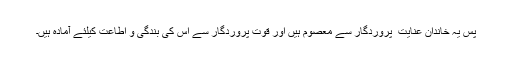
پس یہ خاندان عنایت ِ پروردگار سے معصوم ہیں اور قوتِ پروردگار سے اُس کی بندگی و اطاعت کیلئے آمادہ ہیں۔